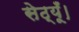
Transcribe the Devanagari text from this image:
सेठ्यूँ।